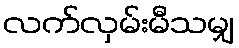
လက်လှမ်းမီသမျှ